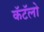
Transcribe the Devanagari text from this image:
कॅटॅलो